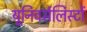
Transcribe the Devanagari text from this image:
यूनिवर्सलिस्टों